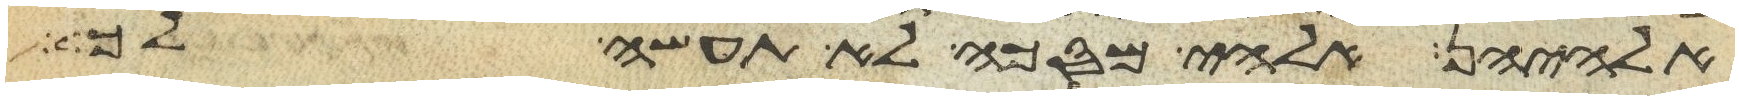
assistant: אלהיהן אלהי מסכה לא תעשה לך